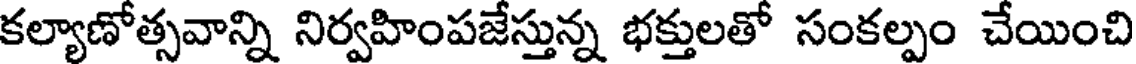
కల్యాణోత్సవాన్ని నిర్వహింపజేస్తున్న భక్తులతో సంకల్పం చేయించి